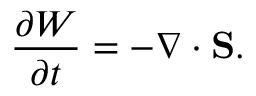
\frac { \partial W } { \partial t } = - \nabla \cdot { \bf S } .